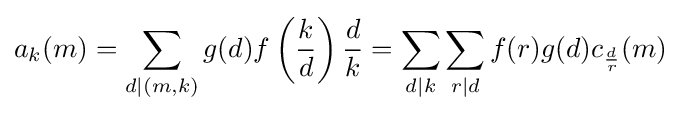
a_{k}(m)=\sum _{d\mid (m,k)}g(d)f\left({\frac {k}{d}}\right){\frac {d}{k}}=\sum _{d\mid k}\sum _{r\mid d}f(r)g(d)c_{\frac {d}{r}}(m)